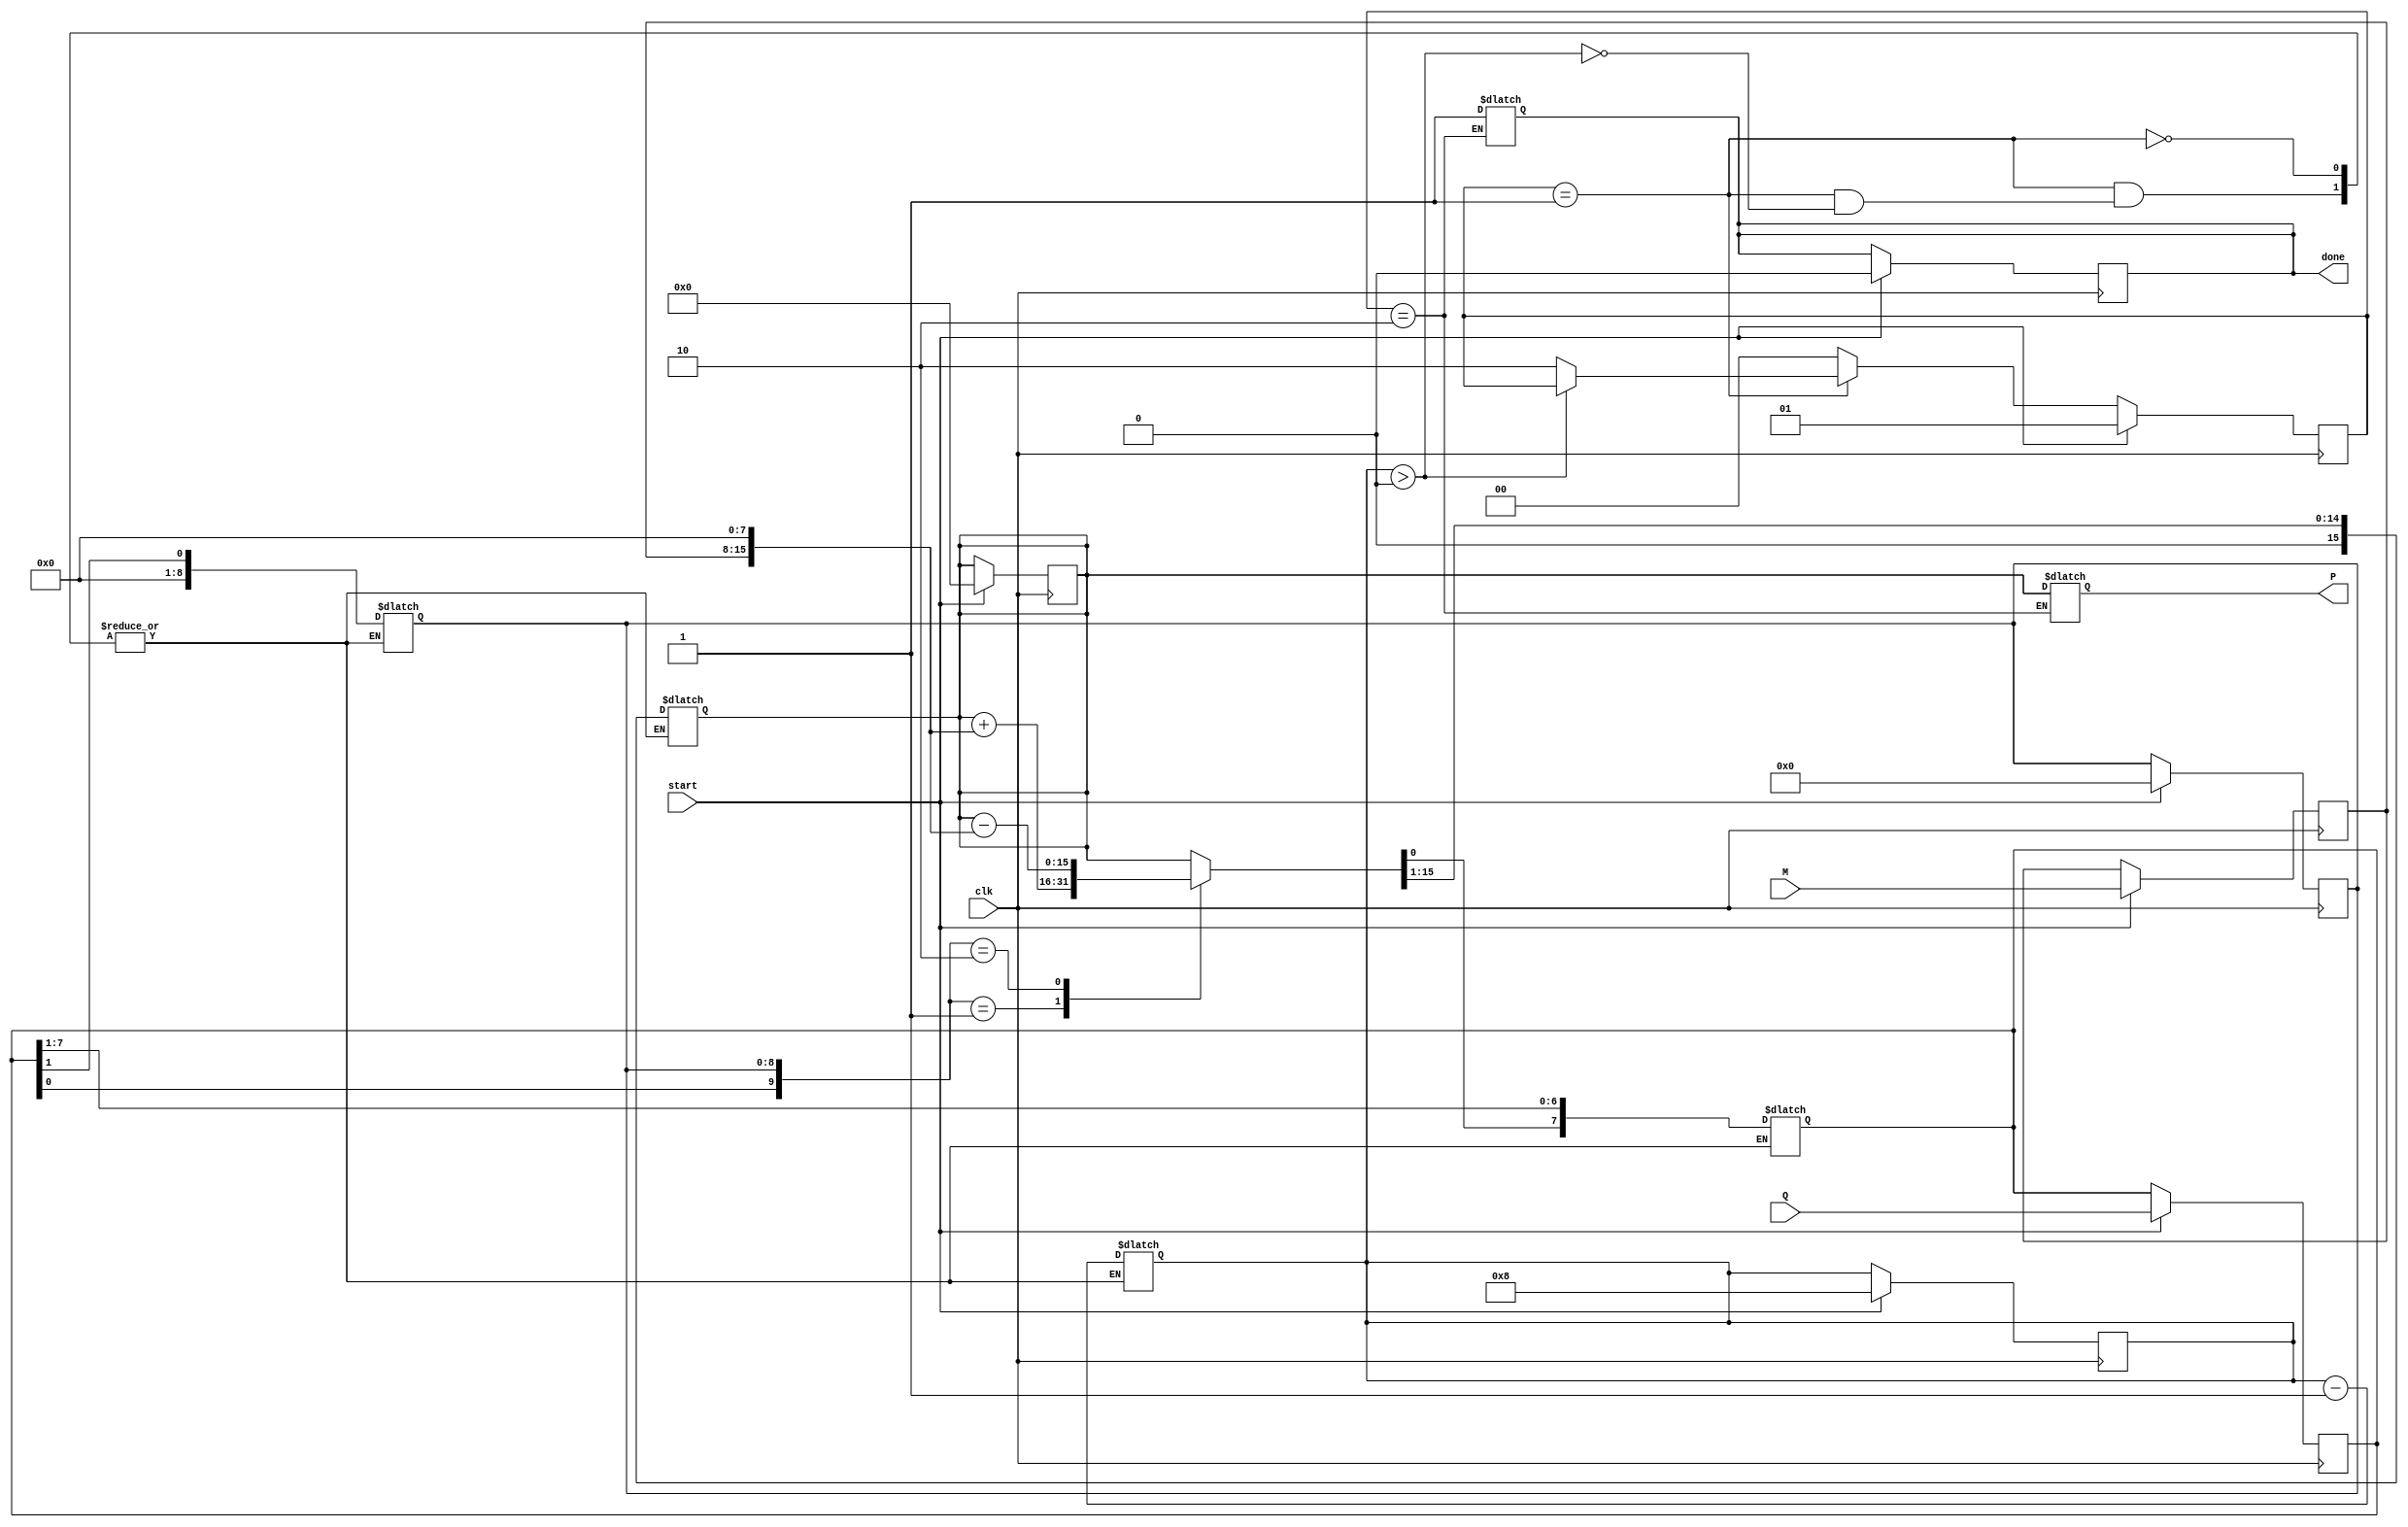
module booth_multiplier #(parameter WIDTH = 8) (
    input wire [WIDTH-1:0] M,        // Multiplicand
    input wire [WIDTH-1:0] Q,        // Multiplier
    input wire clk,                   // Clock signal
    input wire start,                 // Start signal for multiplication
    output reg [2*WIDTH-1:0] P,      // Product
    output reg done                   // Done signal
);

    reg [WIDTH-1:0] Q_reg;            // Register for multiplier
    reg [WIDTH-1:0] M_reg;            // Register for multiplicand
    reg [WIDTH:0] Q_minus_1;          // Previous LSB of Q
    reg [3:0] count;                  // Counter for iterations
    reg [2*WIDTH-1:0] P_reg;          // Accumulated product

    // State machine states
    localparam IDLE = 2'b00,
               RUN  = 2'b01,
               DONE = 2'b10;
    reg [1:0] state, next_state;

    // Initial conditions
    initial begin
        P = 0;
        done = 0;
        state = IDLE;
        count = 0;
    end

    // State transition logic
    always @(posedge clk) begin
        if (start) begin
            state <= RUN;
            Q_reg <= Q;
            M_reg <= M;
            P_reg <= 0;
            Q_minus_1 <= 0;
            count <= WIDTH; // Number of bits to process
            done <= 0;
        end else begin
            state <= next_state;
        end
    end

    // Next state and output logic
    always @(*) begin
        next_state = state;
        case (state)
            RUN: begin
                if (count > 0) begin
                    case ({Q_reg[0], Q_minus_1})
                        2'b01: P_reg = P_reg + {M_reg, {WIDTH{1'b0}}}; // Add M
                        2'b10: P_reg = P_reg - {M_reg, {WIDTH{1'b0}}}; // Subtract M
                        default: P_reg = P_reg; // Do nothing
                    endcase

                    // Shift right
                    {P_reg, Q_reg} = {P_reg[2*WIDTH-1], P_reg[2*WIDTH-2:0], Q_reg[WIDTH-1:1]};
                    Q_minus_1 = Q_reg[0]; // Update previous LSB
                    count = count - 1; // Decrement count
                end else begin
                    next_state = DONE; // Move to done state
                end
            end
            DONE: begin
                P = P_reg; // Output the product
                done = 1; // Set done signal
                next_state = IDLE; // Go back to idle
            end
            default: next_state = IDLE;
        endcase
    end

endmodule